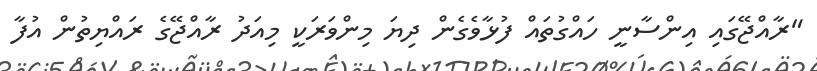
"ރާއްޖޭގައި އިންސާނީ ހައްގުތައް ފުޅާވެގެން ދިޔަ މިންވަރަކީ މިއަދު ރާއްޖޭގެ ރައްޔިތުން އުފާ